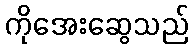
ကိုအေးဆွေသည်